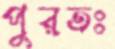
পুরতঃ